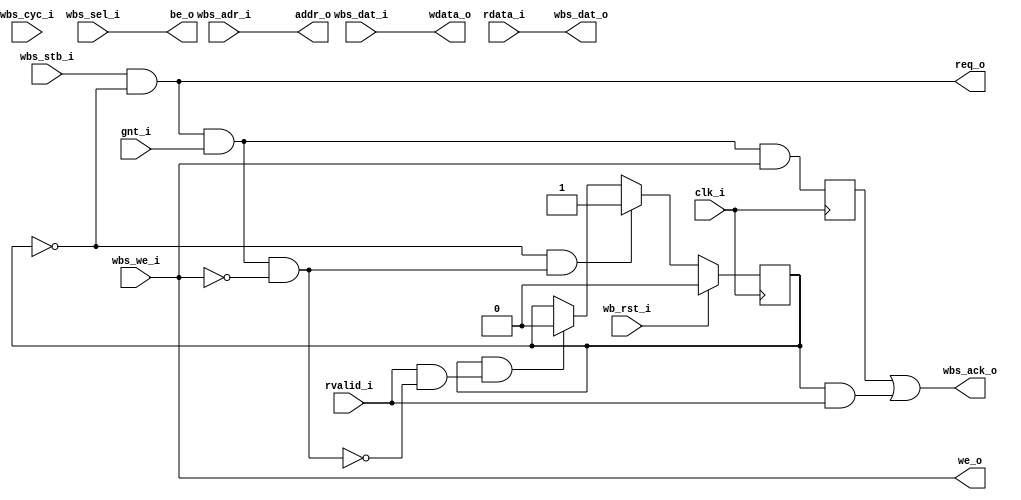
module wb_to_obi (
    input               clk_i,
    // WishBone Master Ports
    input               wb_rst_i,  // Active high!
    input               wbs_stb_i,
    input               wbs_cyc_i, // Not Used in OBI
    input               wbs_we_i, 
    input [3:0]         wbs_sel_i,
    input [31:0]        wbs_dat_i,
    input [31:0]        wbs_adr_i,
    output wire         wbs_ack_o,
    output wire  [31:0] wbs_dat_o,

    // OBI Slave Ports
    output wire         req_o,   
    input               gnt_i,    
    output wire  [31:0] addr_o,   
    output wire         we_o,      
    output wire  [3:0]  be_o,    
    output wire  [31:0] wdata_o, 
    input               rvalid_i, 
    input [31:0]        rdata_i  
    );

    reg read_outstanding, write_completed;
    wire read_accepted_a, write_accepted_a;
    assign read_accepted_a  = (req_o && gnt_i) && !wbs_we_i;
    assign write_accepted_a = (req_o && gnt_i) && wbs_we_i;

    // Read transaction tracker
    always @(posedge clk_i) begin
        if (wb_rst_i)
            read_outstanding <= 'b0;
        else begin
            if (read_outstanding && (rvalid_i && !read_accepted_a))
                read_outstanding <= 'b0;
            if (!read_outstanding && read_accepted_a)
                read_outstanding <= 'b1;
        end
    end
        
    // Write completion tracker
    always @(posedge clk_i) begin
        write_completed <= write_accepted_a;
    end

    // Address Signals
    assign req_o     = wbs_stb_i && !read_outstanding;
    assign addr_o    = wbs_adr_i;
    assign we_o      = wbs_we_i;
    assign be_o      = wbs_sel_i;
    assign wdata_o   = wbs_dat_i;

    // Response Signals
    assign wbs_dat_o = rdata_i;
    assign wbs_ack_o = write_completed || (read_outstanding && rvalid_i);

    `ifdef verilator
        wire _unused;
        assign _unused = wbs_cyc_i;
    `endif 

endmodule